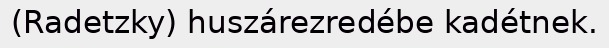
(Radetzky) huszárezredébe kadétnek.